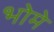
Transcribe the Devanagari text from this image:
भोमे